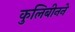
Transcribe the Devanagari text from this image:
कुलिबीनने